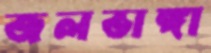
জলভাঙ্গা